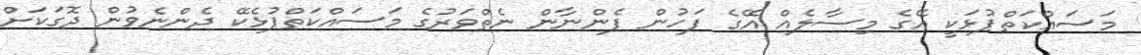
މަސައްކަތްޕުޅަކީ އޭގެ މިސާލެއް އޭގެ ފަހުން ފެންނާން ނެތްވަރުގެ މަސައްކަތްޕުޅެކޭ ދެންނެވުން ދޮގަކަށް